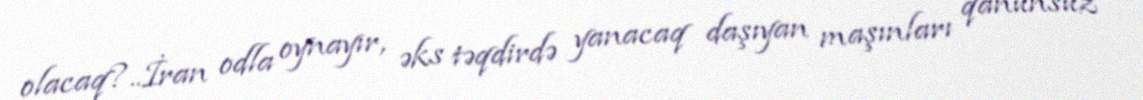
olacaq?..İran odla oynayır, əks təqdirdə yanacaq daşıyan maşınları qanunsuz